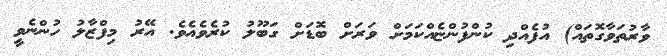
ވާރުތަވާގޮތައް) އުފެއްދި ކުންފުންޏެއްކަމަށް ވަރަށް ބޮޑަށް ގަބޫލު ކުރެވެއެވެ. އޭރު މިފްޒާލު ހުންނެވީ